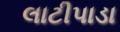
લાટીપાડા